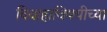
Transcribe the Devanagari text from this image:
विवाहाविषयीच्या